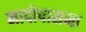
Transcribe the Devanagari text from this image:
नादोपासना